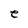
Character: e